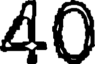
40